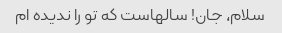
سلام، جان! سالهاست که تو را ندیده ام